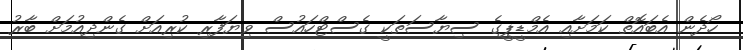
ހޯދެން އެބައޮތް ކަމަށާއި އެމްޑީޕީގެ ސިޔާސަތަކީ ގެސްޓްހައުސް ވިޔަފާރި ކުރިއަށް ގެންދިއުމަށް ބާރު